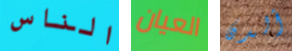
الناس العيان ألدن